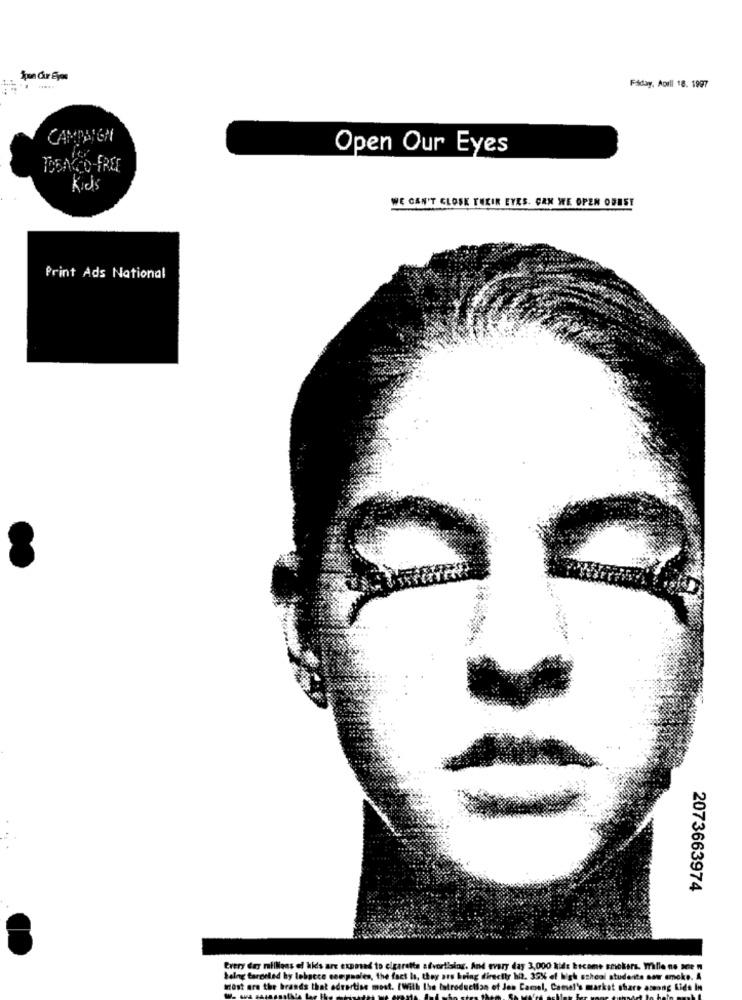
Apon Chur Eyes
Fáday, Aoill 18. 1997
CAMPAIGN
Open Our Eyes
TOBACCO-FREE
Kids
WE CAN'T GLOSK THEIR EYES. CAN WE OPEN OFEST
Print Ads National
2073663974
Every day millions of kids are exposed to cigarette
scame smokers, mille no Die W
being targeted by lebgece comsales, the fact Is,
school students saw smoke. A
Most are the brands that advertise most. [Will